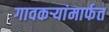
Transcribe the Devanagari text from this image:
गावकऱ्यांमार्फत